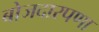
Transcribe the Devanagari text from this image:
बोजदारपणा